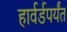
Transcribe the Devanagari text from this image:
हार्वर्डपर्यंत